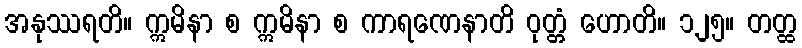
အနုဿရတိ။ ဣမိနာ စ ဣမိနာ စ ကာရဏေနာတိ ဝုတ္တံ ဟောတိ။ ၁၂၅။ တတ္ထ